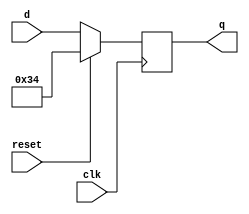
module top_module (
    input clk,
    input reset,
    input [7:0] d,
    output [7:0] q
);
reg [7:0] q_reg;

always @(negedge clk)begin
    if(reset)begin
        q_reg <= 8'h34;
    end
    else begin
        q_reg <= d;
    end
end
assign q = q_reg;
endmodule